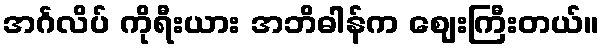
အင်္ဂလိပ် ကိုရီးယား အဘိဓါန်က ဈေးကြီးတယ်။